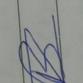
Signature authenticity: forged